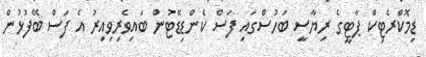
ޑިމޮކްރެޓިކް ޕާޓީގެ ރިޔާސީ ބަހުސްގައި ފަސް ކެންޑިޑޭޓުން ބައިވެރިވިއިރު އެ ފަސް ބޭފުޅުން